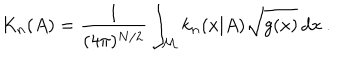
LaTeX: K _ { n } ( A ) = \frac { 1 } { ( 4 \pi ) ^ { N / 2 } } \int _ { \cal M } k _ { n } ( x | A ) \sqrt { g ( x ) } \, d x \: . \nonumber